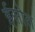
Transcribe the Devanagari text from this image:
ईसोत